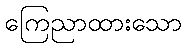
ကြေညာထားသော